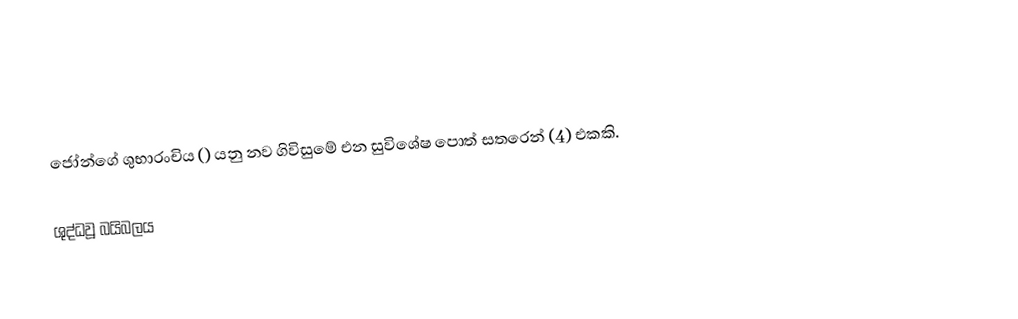
ජෝන්ගේ ශුභාරංචිය () යනු නව ගිවිසුමේ එන සුවිශේෂ පොත් සතරෙන් (4) එකකි.

ශුද්ධවූ බයිබලය